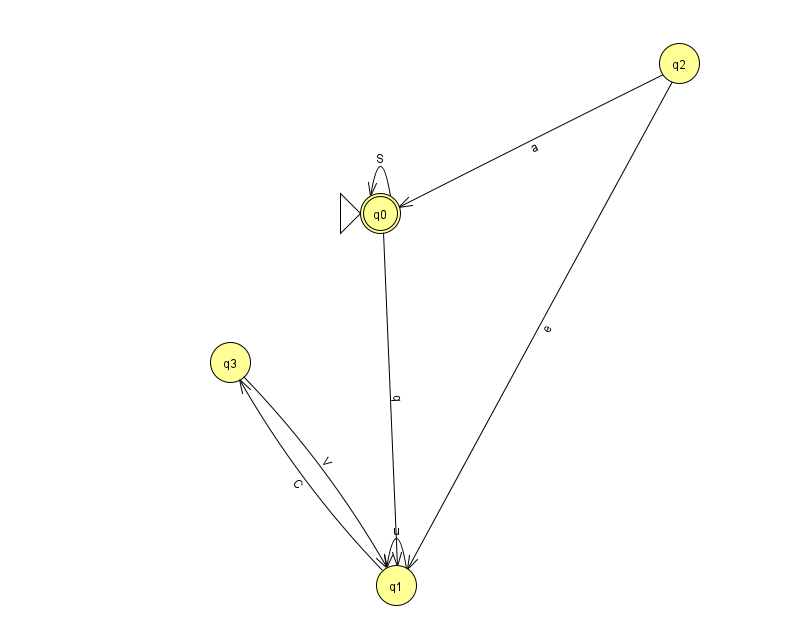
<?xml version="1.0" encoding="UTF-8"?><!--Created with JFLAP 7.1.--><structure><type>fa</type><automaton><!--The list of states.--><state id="0" name="q0"><x>380.0</x><y>200.0</y><initial/><final/></state><state id="1" name="q1"><x>396.0</x><y>572.0</y></state><state id="2" name="q2"><x>679.0</x><y>50.0</y></state><state id="3" name="q3"><x>230.0</x><y>349.0</y></state><!--The list of transitions.--><transition><from>0</from><to>1</to><read>q</read></transition><transition><from>0</from><to>0</to><read>S</read></transition><transition><from>1</from><to>1</to><read>u</read></transition><transition><from>3</from><to>1</to><read>V</read></transition><transition><from>2</from><to>0</to><read>a</read></transition><transition><from>2</from><to>1</to><read>e</read></transition><transition><from>1</from><to>3</to><read>C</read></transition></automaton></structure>